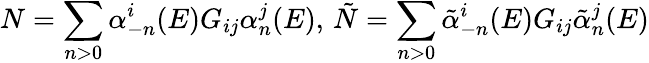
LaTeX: N=\sum_{n>0}\alpha_{-n}^{i}(E)G_{ij}\alpha_{n}^{j}(E),\, \tilde{N}=\sum_{n>0}\tilde{\alpha}_{-n}^{i}(E)G_{ij}\tilde{\alpha}_{n}^{j}(E)